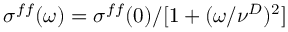
\sigma ^ { f f } ( \omega ) = \sigma ^ { f f } ( 0 ) / [ 1 + ( \omega / \nu ^ { D } ) ^ { 2 } ]